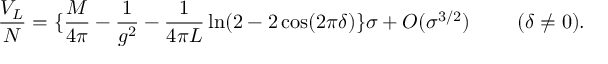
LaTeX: \frac { V _ { L } } { N } = \{ \frac { M } { 4 \pi } - \frac { 1 } { g ^ { 2 } } - \frac { 1 } { 4 \pi L } \ln ( 2 - 2 \cos ( 2 \pi \delta ) \} \sigma + O ( \sigma ^ { 3 / 2 } ) ~ ~ ~ ~ ~ ~ ~ ( \delta \neq 0 ) .